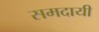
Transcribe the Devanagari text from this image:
समदायी